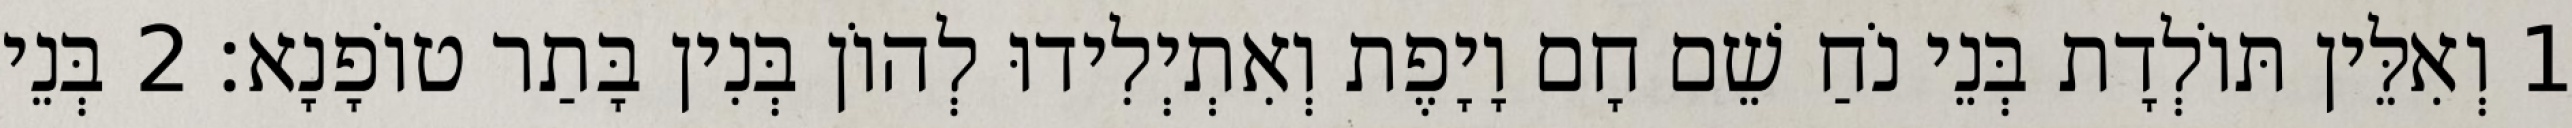
1 וְאִלֵּין תּוֹלְדָת בְּנֵי נֹחַ שֵׁם חָם וָיָפֶת וְאִתְיְלִידוּ לְהוֹן בְּנִין בָּתַר טוֹפָנָא׃ 2 בְּנֵי